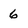
Character: 6